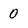
Character: 0